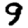
Digit: 9